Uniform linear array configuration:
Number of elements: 48
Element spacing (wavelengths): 0.5
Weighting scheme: uniform
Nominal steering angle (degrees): -60
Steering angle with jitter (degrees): -59.105
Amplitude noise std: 0.05
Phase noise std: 0.05

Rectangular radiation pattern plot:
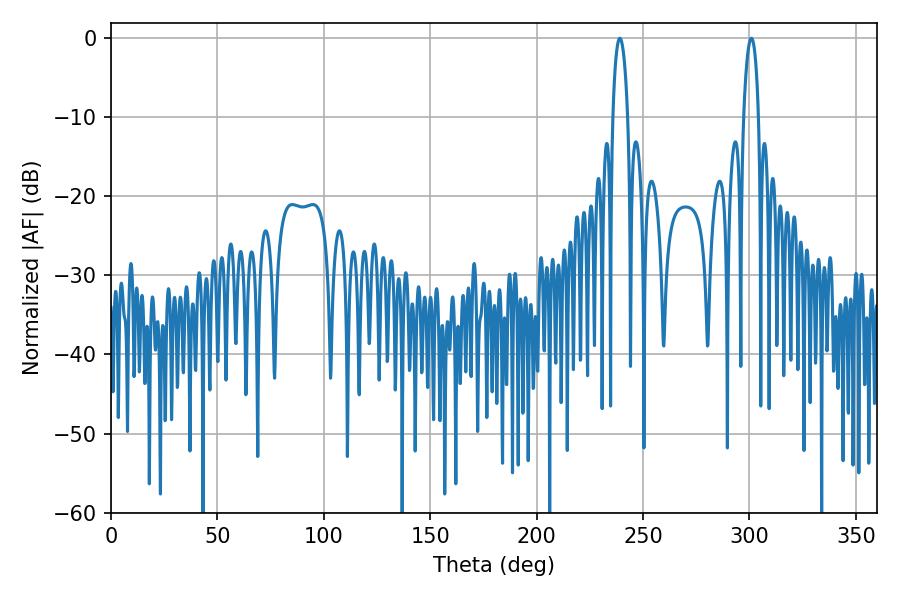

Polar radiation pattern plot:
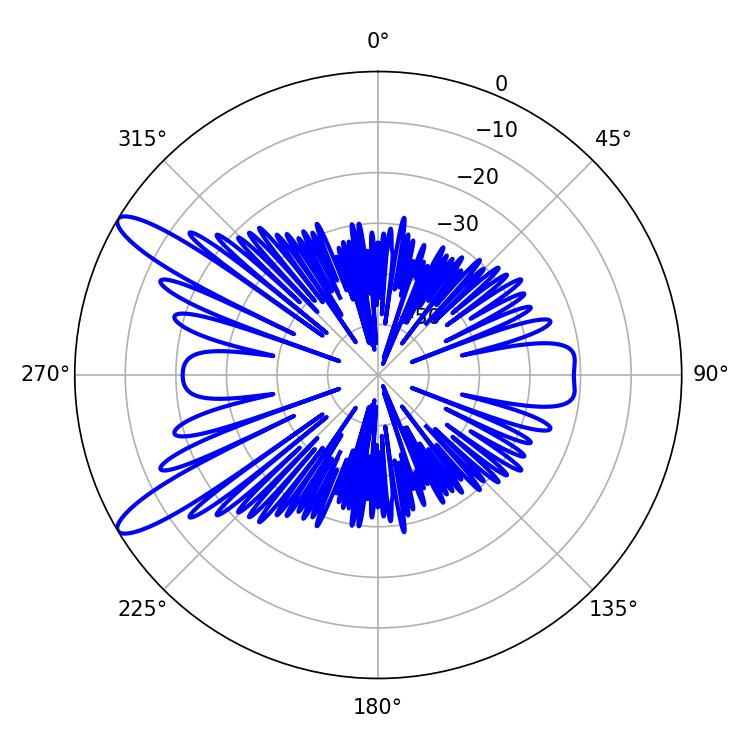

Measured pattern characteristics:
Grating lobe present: FALSE
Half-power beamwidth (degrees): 3.96
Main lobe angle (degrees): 300.96